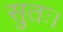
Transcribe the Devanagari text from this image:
सुतः।